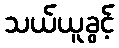
သယ်ယူခွင့်